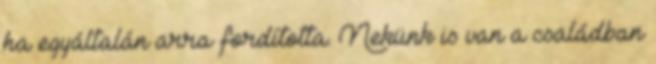
ha egyáltalán arra fordította. Nekünk is van a családban